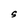
Character: S